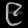
Digit: ၉